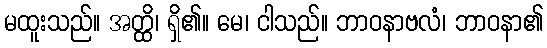
မထူးသည်။ အတ္ထိ၊ ရှိ၏။ မေ၊ ငါသည်။ ဘာဝနာဗလံ၊ ဘာဝနာ၏